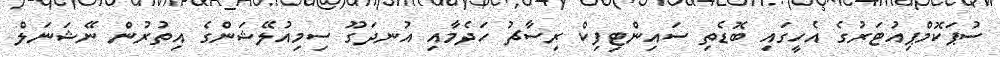
ސުޕަކޮމްޕިއުޓަރުގެ އެހީގައި ބޮޑެތި ސައިންޓިފިކް ރިސާޗު ހަދެމާއި އުނދަގޫ ސިމިއުލޭޝަންގެ އިތުރުން ނޭޝަނަލް